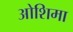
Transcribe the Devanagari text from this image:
ओशिमा